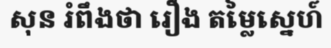
សុន រំពឹងថា រឿង តម្លៃស្នេហ៍